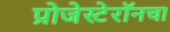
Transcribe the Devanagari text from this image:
प्रोजेस्टेरॉनचा